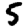
Digit: 5